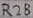
Text: R28